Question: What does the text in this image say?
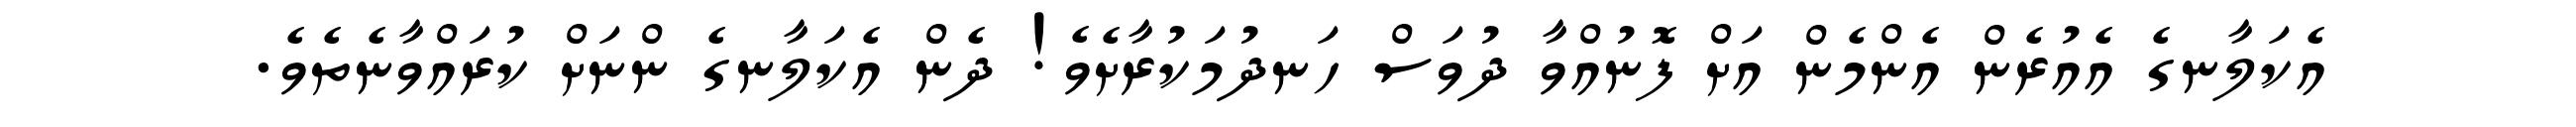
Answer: އެކަލާނގެ އެއުރެން އެންމެން އަށް ފޮނުއްވާ ދުވަސް ހަނދުމަކުރާށެވެ! ދެން އެކަލާނގެ ންނަށް ކުރައްވާނެތެވެ.